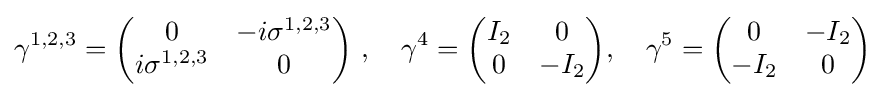
\gamma ^{1,2,3}={\begin{pmatrix}0&-i\sigma ^{1,2,3}\\i\sigma ^{1,2,3}&0\end{pmatrix}}\ ,\quad \gamma ^{4}={\begin{pmatrix}I_{2}&0\\0&-I_{2}\end{pmatrix}},\quad \gamma ^{5}={\begin{pmatrix}0&-I_{2}\\-I_{2}&0\end{pmatrix}}